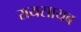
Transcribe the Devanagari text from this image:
रायसायब